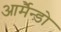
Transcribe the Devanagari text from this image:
आर्मैन्ड़ो